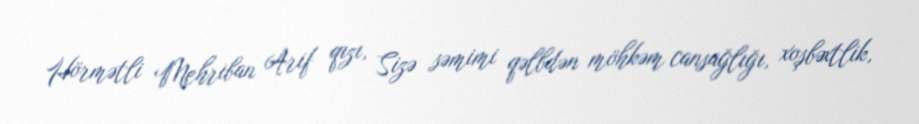
Hörmətli Mehriban Arif qızı, Sizə səmimi qəlbdən möhkəm cansağlığı, xoşbəxtlik,